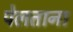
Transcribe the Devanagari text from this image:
पेलताना